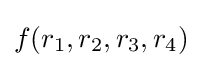
f(r_{1},r_{2},r_{3},r_{4})